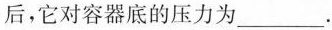
后，它对容器底的压力为___.